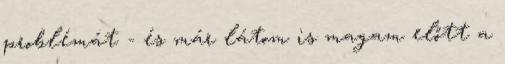
problémát - és már látom is magam előtt a